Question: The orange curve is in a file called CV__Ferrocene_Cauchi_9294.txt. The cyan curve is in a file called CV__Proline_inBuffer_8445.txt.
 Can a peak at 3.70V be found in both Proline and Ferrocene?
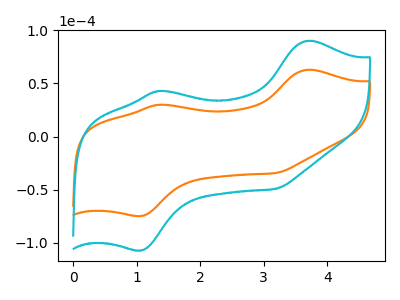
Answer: <think>The orange curve "Ferrocene" has anodic peaks at (3.70V, 62.95uA) (1.35V, 30.05uA) and cathodic peaks at (1.05V, -74.80uA) (3.20V, -34.35uA). The cyan curve "Proline" has anodic peaks at (3.70V, 90.25uA) (1.35V, 43.05uA) and cathodic peaks at (1.05V, -107.25uA) (3.20V, -49.20uA).</think>
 <answer>Yes, "Proline" and "Ferrocene" share a peak at 3.70V.</answer>
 <eval>match</eval>